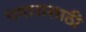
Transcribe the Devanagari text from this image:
पगारासाठी